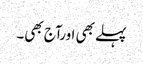
پہلے بھی اورآج بھی۔